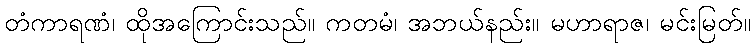
တံကာရဏံ၊ ထိုအကြောင်းသည်။ ကတမံ၊ အဘယ်နည်း။ မဟာရာဇ၊ မင်းမြတ်။